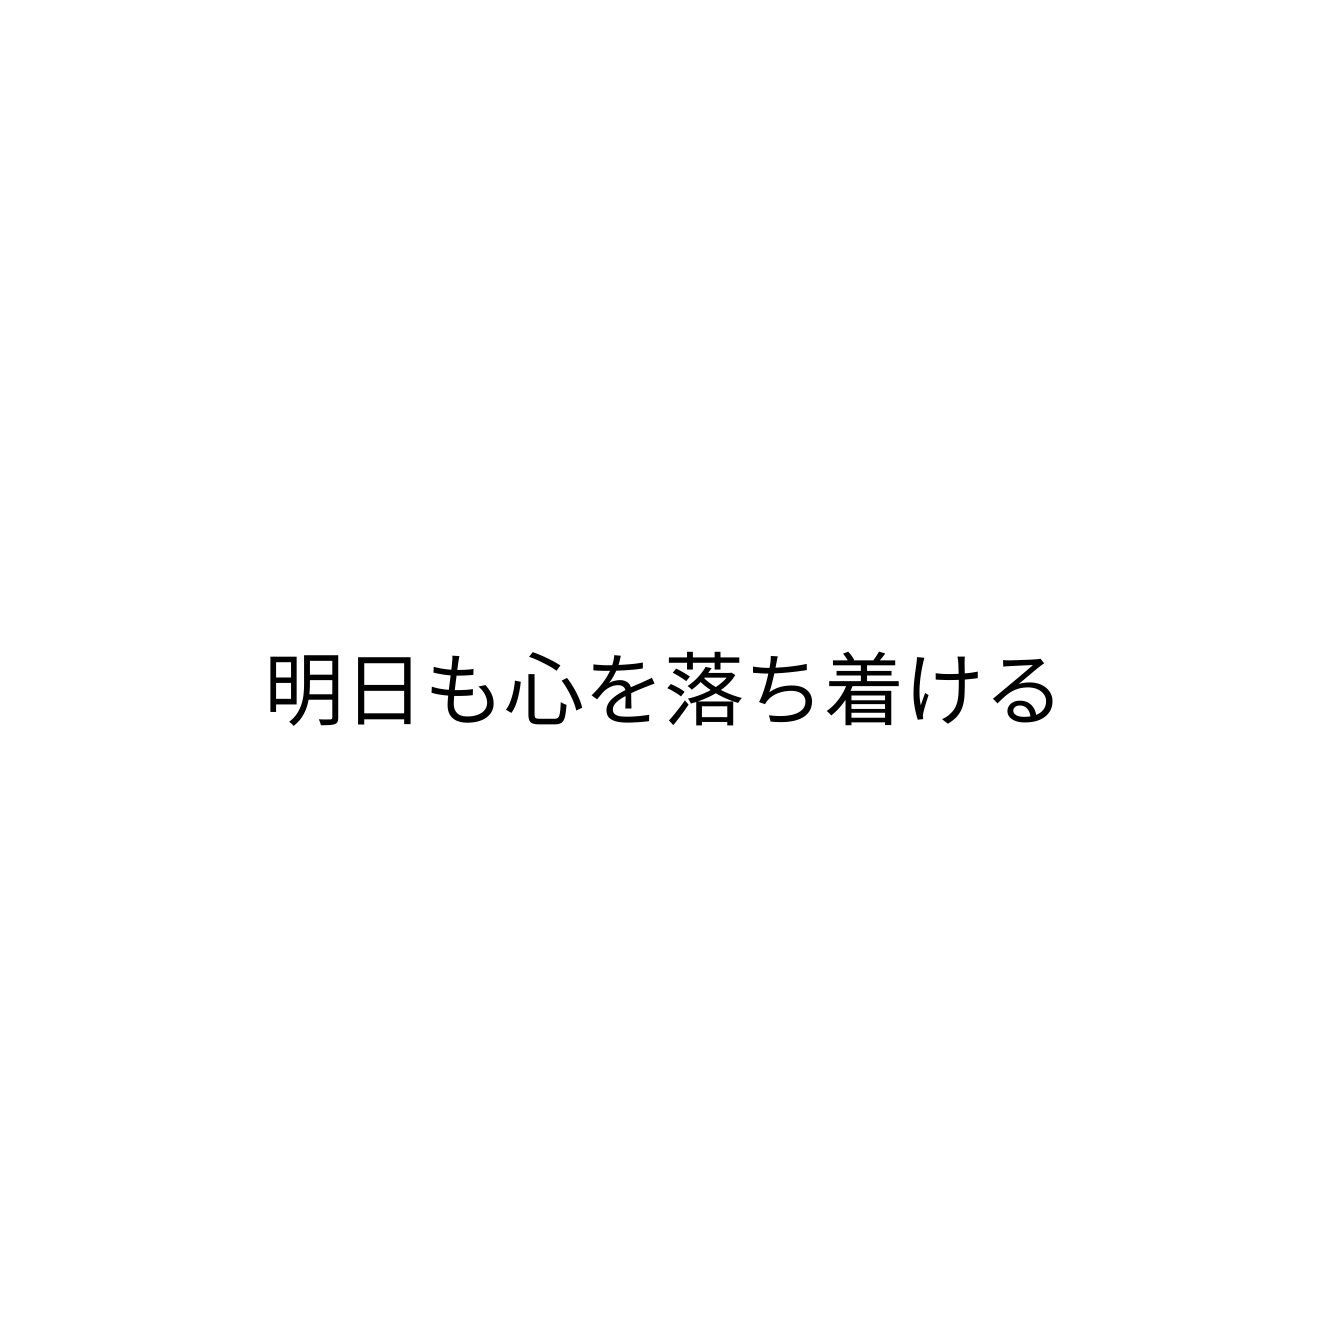
明日も心を落ち着ける